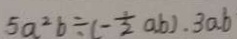
5 a ^ { 2 } b \div ( - \frac { 1 } { 2 } a b ) \cdot 3 a b